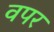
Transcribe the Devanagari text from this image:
वपर